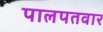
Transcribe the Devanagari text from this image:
पालपतवार